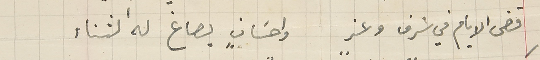
قضى الايام في شرف وعزٍ واحسَانٍ يصاغ له الثناء